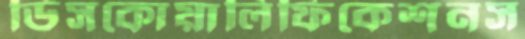
ডিসকোয়ালিফিকেশনস